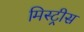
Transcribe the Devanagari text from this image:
मिस्ट्रीस